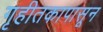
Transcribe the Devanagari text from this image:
गृहीतकापासून